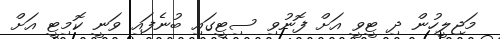
މަޖިލީހުން ދި ޓީވީ އަށް ފޮނުވި ސިޓީގައި ބުނެފައި ވަނީ ކޮމިޓީ އަށް